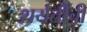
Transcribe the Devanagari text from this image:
शर्यतींची